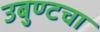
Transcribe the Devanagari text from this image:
उबुण्टचा